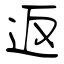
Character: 返